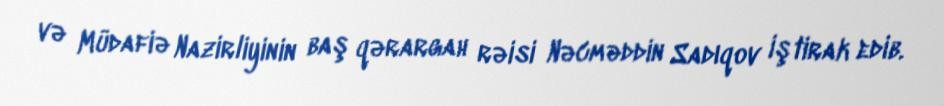
və Müdafiə Nazirliyinin baş qərargah rəisi Nəcməddin Sadıqov iştirak edib.